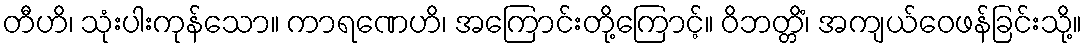
တီဟိ၊ သုံးပါးကုန်သော။ ကာရဏေဟိ၊ အကြောင်းတို့ကြောင့်။ ဝိဘတ္တိံ၊ အကျယ်ဝေဖန်ခြင်းသို့။